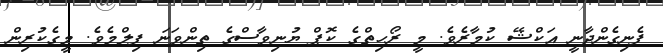
ފެނިގެންދާނީ އަކްޝޭ ކުމާރެވެ. މީ ރޯހިތްގެ ކޮޕް ޔުނިވާސްގެ ތިންވަނަ ފިލްމެވެ. މީގެކުރިން